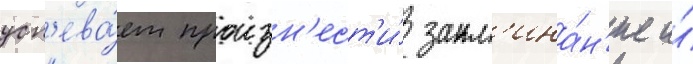
усп'ева́ет произн'ест'и́ закл'ина́н'ие и́